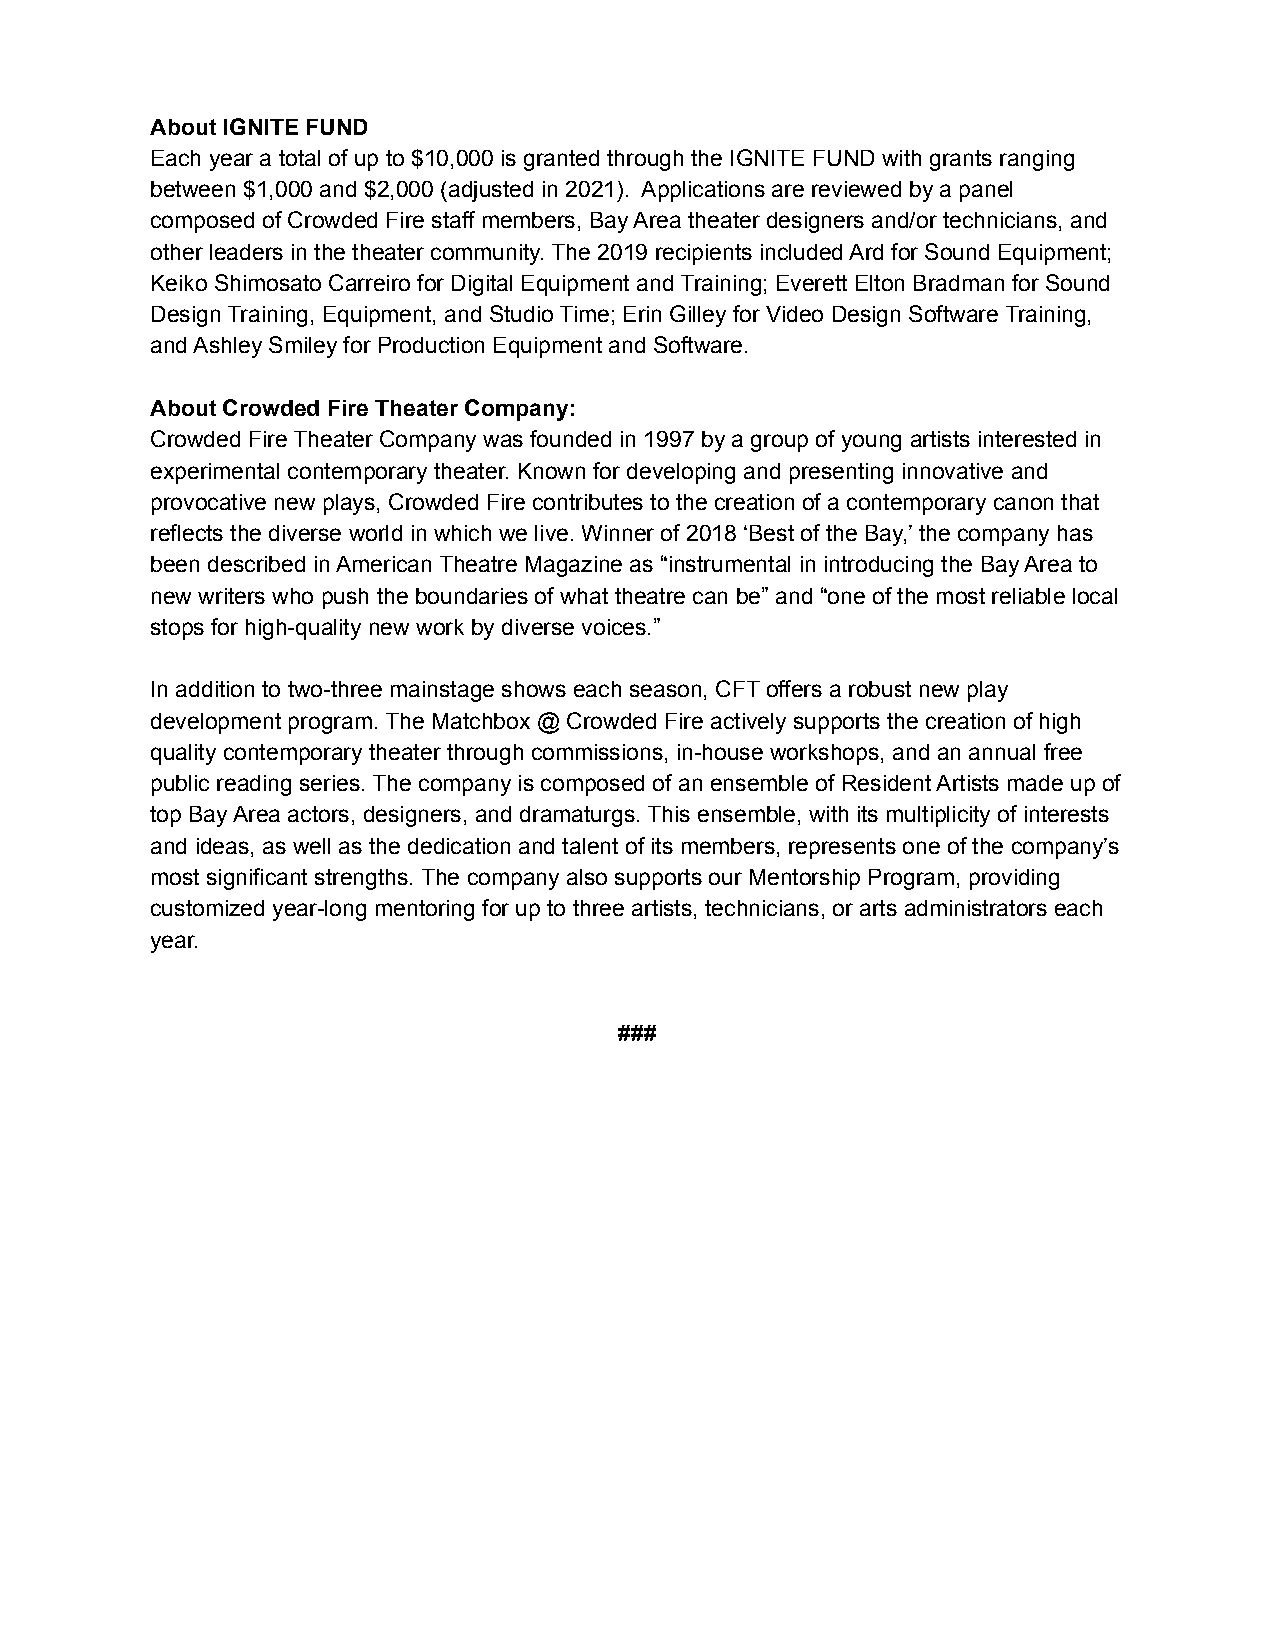
About IGNITE FUND
 Each year a total of up to $10,000 is granted through the IGNITE FUND with grants ranging
 between $1,000 and $2,000 (adjusted in 2021). Applications are reviewed by a panel
 composed of Crowded Fire staff members, Bay Area theater designers and/or technicians, and
 other leaders in the theater community. The 2019 recipients included Ard for Sound Equipment;
 Keiko Shimosato Carreiro for Digital Equipment and Training; Everett Elton Bradman for Sound
 Design Training, Equipment, and Studio Time; Erin Gilley for Video Design Software Training,
 and Ashley Smiley for Production Equipment and Software.
 About Crowded Fire Theater Company:
 Crowded Fire Theater Company was founded in 1997 by a group of young artists interested in
 experimental contemporary theater. Known for developing and presenting innovative and
 provocative new plays, Crowded Fire contributes to the creation of a contemporary canon that
 reflects the diverse world in which we live. Winner of 2018 ‘Best of the Bay,’ the company has
 been described in American Theatre Magazine as “instrumental in introducing the Bay Area to
 new writers who push the boundaries of what theatre can be” and “one of the most reliable local
 stops for high-quality new work by diverse voices.”
 In addition to two-three mainstage shows each season, CFT offers a robust new play
 development program. The Matchbox @ Crowded Fire actively supports the creation of high
 quality contemporary theater through commissions, in-house workshops, and an annual free
 public reading series. The company is composed of an ensemble of Resident Artists made up of
 top Bay Area actors, designers, and dramaturgs. This ensemble, with its multiplicity of interests
 and ideas, as well as the dedication and talent of its members, represents one of the company’s
 most significant strengths. The company also supports our Mentorship Program, providing
 customized year-long mentoring for up to three artists, technicians, or arts administrators each
 year.
 ###